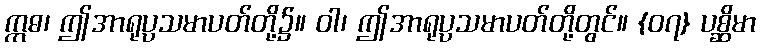
ဣဓ၊ ဤအာရုပ္ပသမာပတ်တို့၌။ ဝါ၊ ဤအာရုပ္ပသမာပတ်တို့တွင်။ {၀၇} ပစ္ဆိမာ